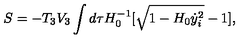
S = - T _ { 3 } V _ { 3 } \int d \tau H _ { 0 } ^ { - 1 } [ \sqrt { 1 - H _ { 0 } \dot { y } _ { i } ^ { 2 } } - 1 ] ,